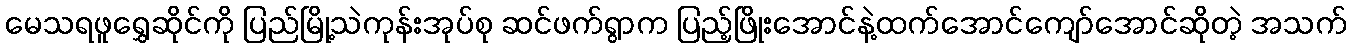
မေသရဖူရွှေဆိုင်ကို ပြည်မြို့သဲကုန်းအုပ်စု ဆင်ဖက်ရွာက ပြည့်ဖြိုးအောင်နဲ့ထက်အောင်ကျော်အောင်ဆိုတဲ့ အသက်